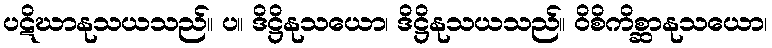
ပဋိဃာနုသယသည်။ ပ။ ဒိဋ္ဌိနုသယော၊ ဒိဋ္ဌိနုသယသည်။ ဝိစိကိစ္ဆာနုသယော၊